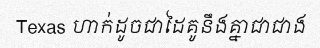
Texas ហាក់ដូចជាដៃគូនឹងគ្នាជាជាង